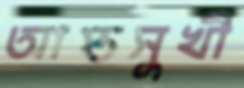
আপ্তসুখী